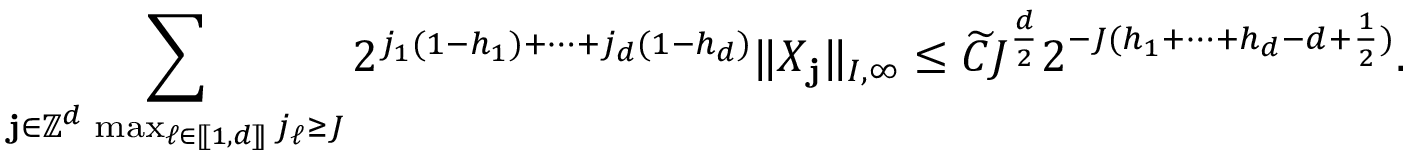
\sum _ { \substack { \mathbf { j } \in \mathbb { Z } ^ { d } \, \operatorname* { m a x } _ { \ell \in [ \! [ 1 , d ] \! ] } j _ { \ell } \geq J } } 2 ^ { j _ { 1 } ( 1 - h _ { 1 } ) + \cdots + j _ { d } ( 1 - h _ { d } ) } \| X _ { \mathbf { j } } \| _ { I , \infty } \leq \widetilde { C } J ^ { \frac { d } { 2 } } 2 ^ { - J ( h _ { 1 } + \cdots + h _ { d } - d + \frac { 1 } { 2 } ) } .